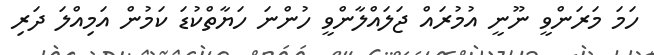
ހަމަ މަރަންވީ ނޫނީ އުމުރައް ޖަލައްލާންވީ ހުންނަ ހަޔާތްކުޑަ ކަމުން އަމިއްލަ ދަރި